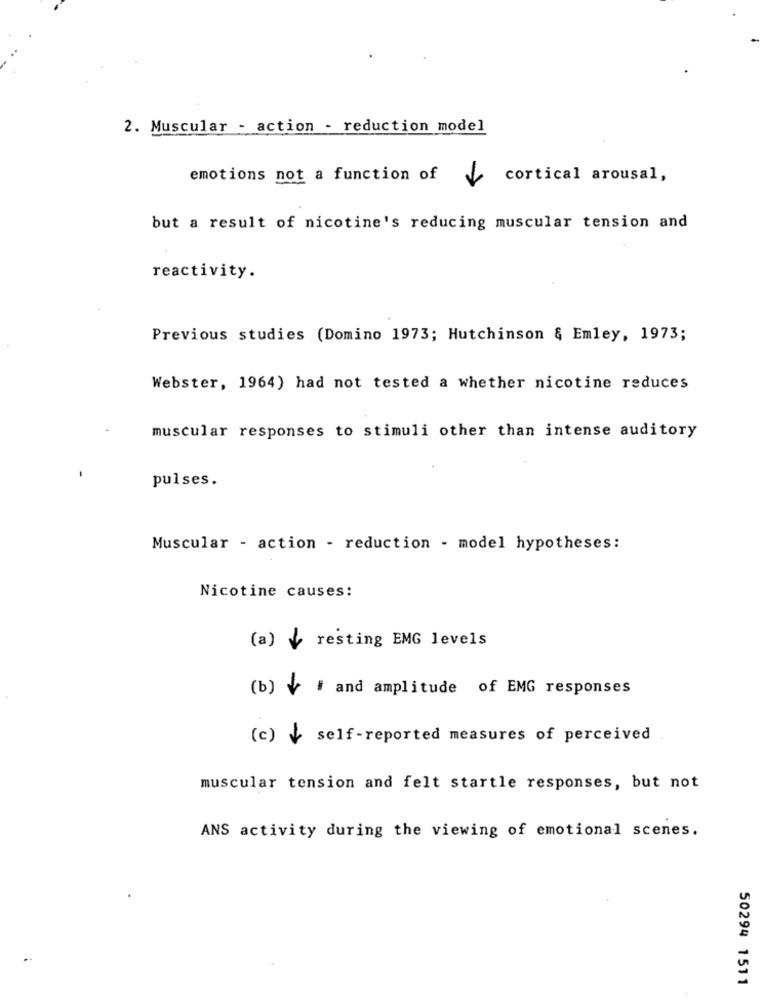
2. Muscular - action - reduction model
emotions not a function of
cortical arousal,
but a result of nicotine's reducing muscular tension and
reactivity.
Previous studies (Domino 1973; Hutchinson & Emley, 1973;
Webster, 1964) had not tested a whether nicotine reduces
muscular responses to stimuli other than intense auditory
pulses.
Muscular - action - reduction - model hypotheses:
Nicotine causes:
(a) _ resting EMG levels
(b) v # and amplitude of EMG responses
(c) +
self-reported measures of perceived
muscular tension and felt startle responses, but not
ANS activity during the viewing of emotional scenes.
50294 1511